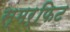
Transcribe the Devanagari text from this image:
स्मर्फिट